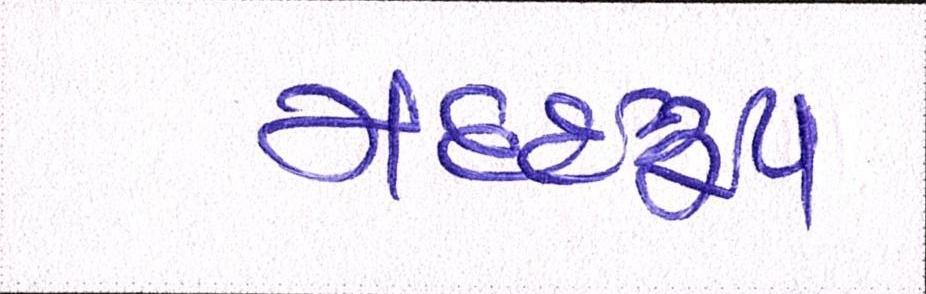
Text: મદદરુપ